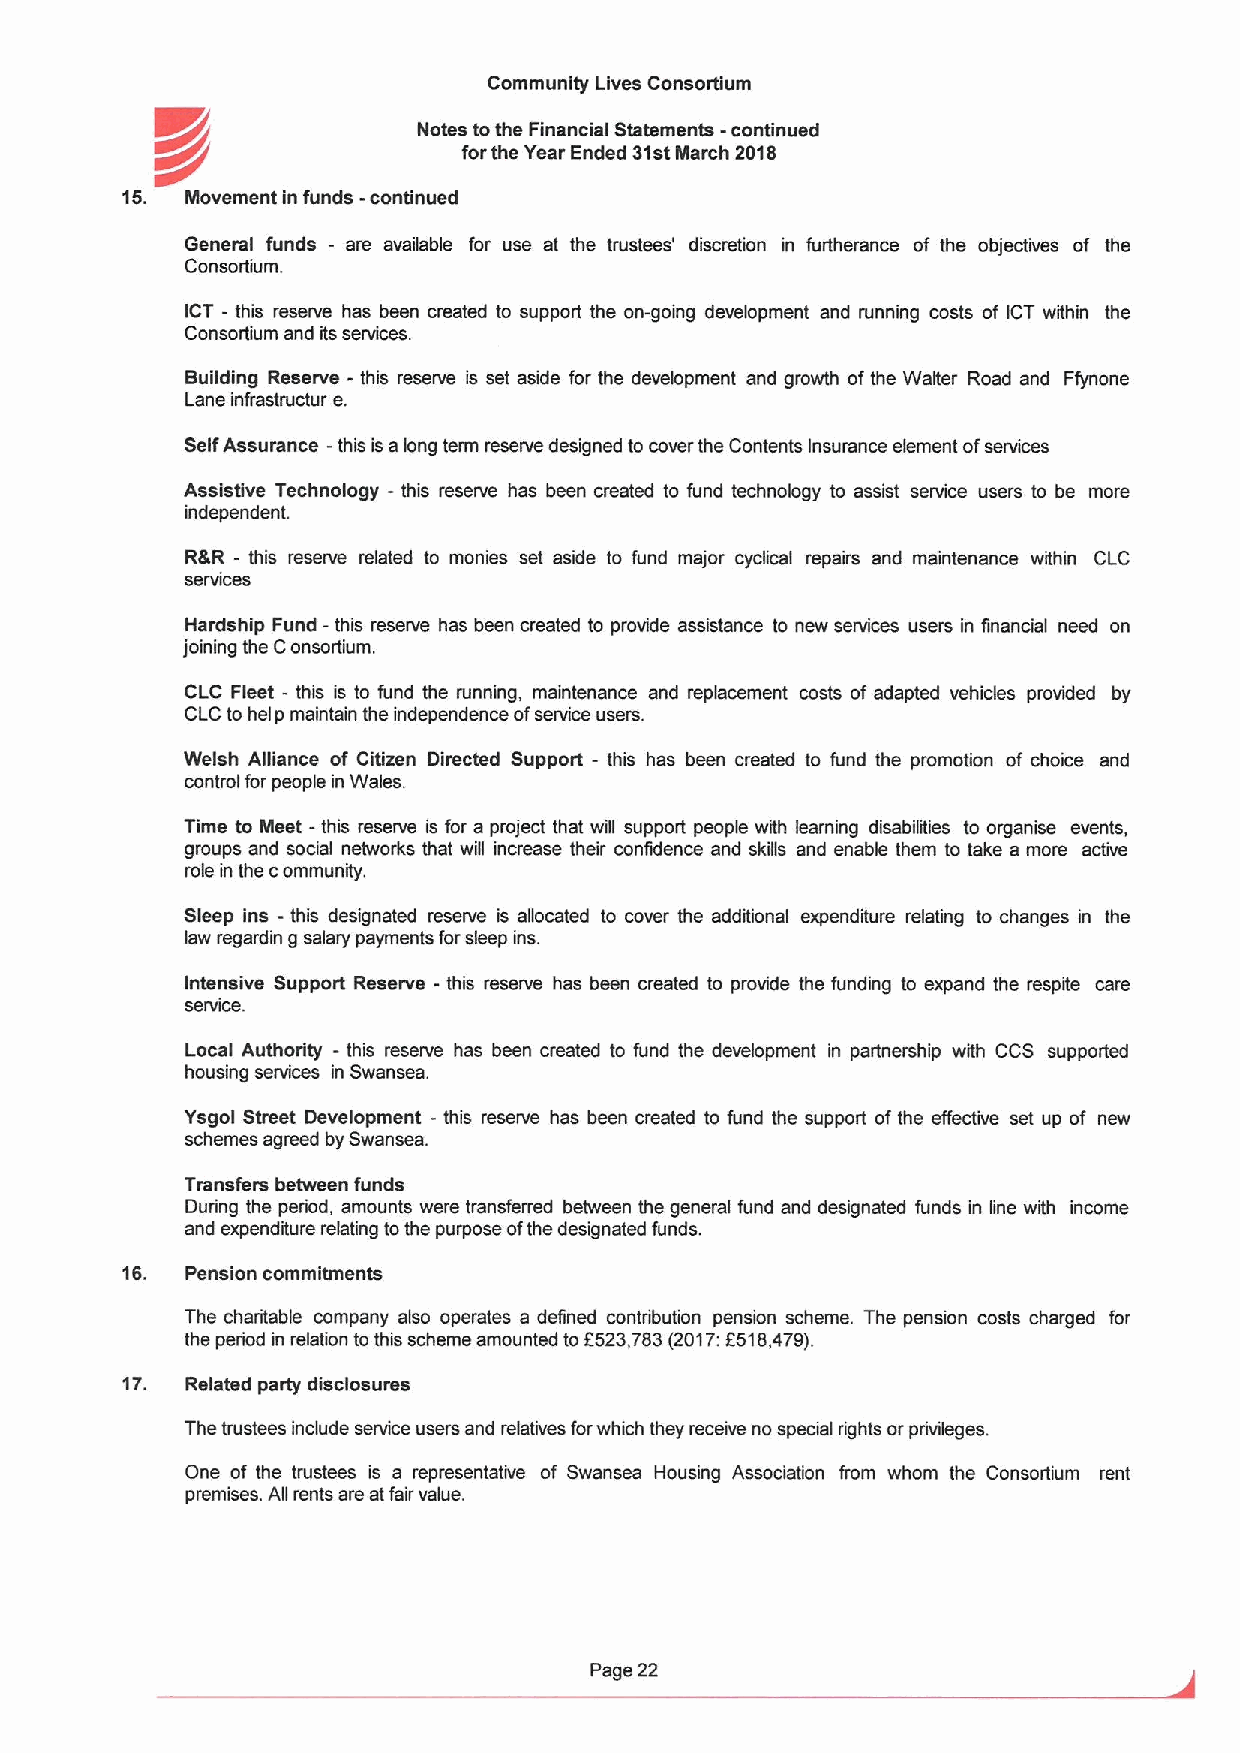
Community Lives Consortium
 Notes tothe Financial Statementa -continued
 K//
 forthe Year Ended 31stMarch 2018
 15. Movement in funds -continued
 General funds - are available for use at the trustees' discretion in furtherance of the objectives of the
 Consortium.
 ICT —this reserve has been created to support the on-going development and running costs of ICT within the
 Consortium and its senrices.
 Building Reserve -this reserve is set aside for the development and growth ofthe Walter Road and Ffynone
 Lane infrastructur e.
 SelfAssurance -this isalong term reserve designed to cover the Contents Insurance element ofservices
 Assistive Technology - this reserve has been created to fund technology to assist service users to be more
 independent.
 RSR - this reserve related to monies set aside to fund major cyclical repairs and maintenance within CLC
 seMces
 Hardship Fund - this reserve has been created to provide assistance to new services users in financial need on
 joining the Consortium.
 CLC Fleet - this is to fund the running, maintenance and replacement costs of adapted vehicles provided by
 CLCto heip maintain the independence ofservice users.
 Welsh Alliance of Citizen Directed Support - this has been created to fund the promotion of choice and
 control for people in Wales.
 Time to Meet - this reserve is for a project that will support people with learning disabilities to organise events,
 groups and social networks that will increase their congdence and skills and enable them to take a more active
 role in the c ommunity.
 Sleep ins - this designated reserve is allocated to cover the additional expenditure relating to changes in the
 law regardin g salary payments forsleep ins.
 Intensive Support Reserve - this reserve has been created to provide the funding to expand the respite care
 seMce.
 Local Authority - this reserve has been created to fund the development in partnership with CCS supported
 housing senrices in Swansea.
 Ysgol Street Development - this reserve has been created to fund the support ofthe effective set up of new
 schemes agreed by Swansea.
 Transfers between funds
 During the period, amounts were transferred between the general fund and designated funds in line with income
 and expenditure relating tothe purpose ofthe designated funds.
 16. Pension commitments
 The charitable company also operates a defined contribution pension scheme. The pension costs charged for
 the period in relation tothis scheme amounted to 8523,783(2017:F518,479).
 17. Related party disclosures
 The trustees include senriice users and relatives forwhich they receive no special rights or pmiileges.
 One of the trustees is a representative of Swansea Housing Association from whom the Consortium rent
 premises. All rents are atfair value.
 Page 22